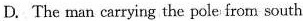
D.The man carrying the pole from south